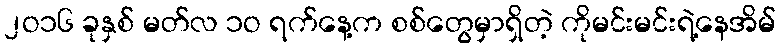
၂ဝ၁၆ ခုနှစ် မတ်လ ၁ဝ ရက်နေ့က စစ်တွေမှာရှိတဲ့ ကိုမင်းမင်းရဲ့နေအိမ်